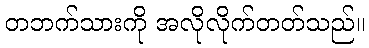
တဘက်သားကို အလိုလိုက်တတ်သည်။